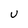
Character: U